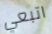
اتبعي